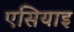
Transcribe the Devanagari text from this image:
एसियाइ